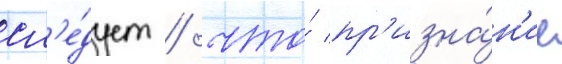
сл'е́дует / что́ пр'изна́н'ие